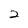
Character: 2